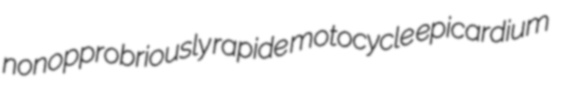
nonopprobriously rapide motocycle epicardium